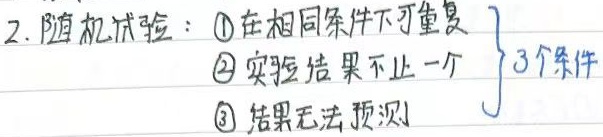
2. 随机试验：\textcircled{1}在相同条件下可重复\textcircled{2}实验结果不止一个 \textcircled{3}结果无法预测